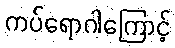
ကပ်ရောဂါကြောင့်